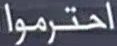
احترموا